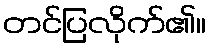
တင်ပြလိုက်၏။